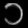
Digit: ၁